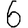
Digit: 6